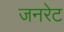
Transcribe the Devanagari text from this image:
जनरेट